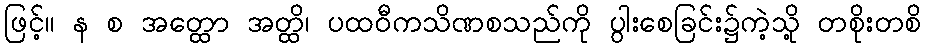
ဖြင့်။ န စ အတ္ထော အတ္ထိ၊ ပထဝီကသိဏစသည်ကို ပွါးစေခြင်း၌ကဲ့သို့ တစိုးတစိ